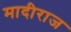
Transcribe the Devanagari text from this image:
मादीराज